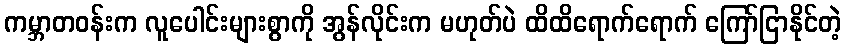
ကမ္ဘာတဝန်းက လူပေါင်းများစွာကို အွန်လိုင်းက မဟုတ်ပဲ ထိထိရောက်ရောက် ကြော်ငြာနိုင်တဲ့